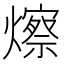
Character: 𪹾